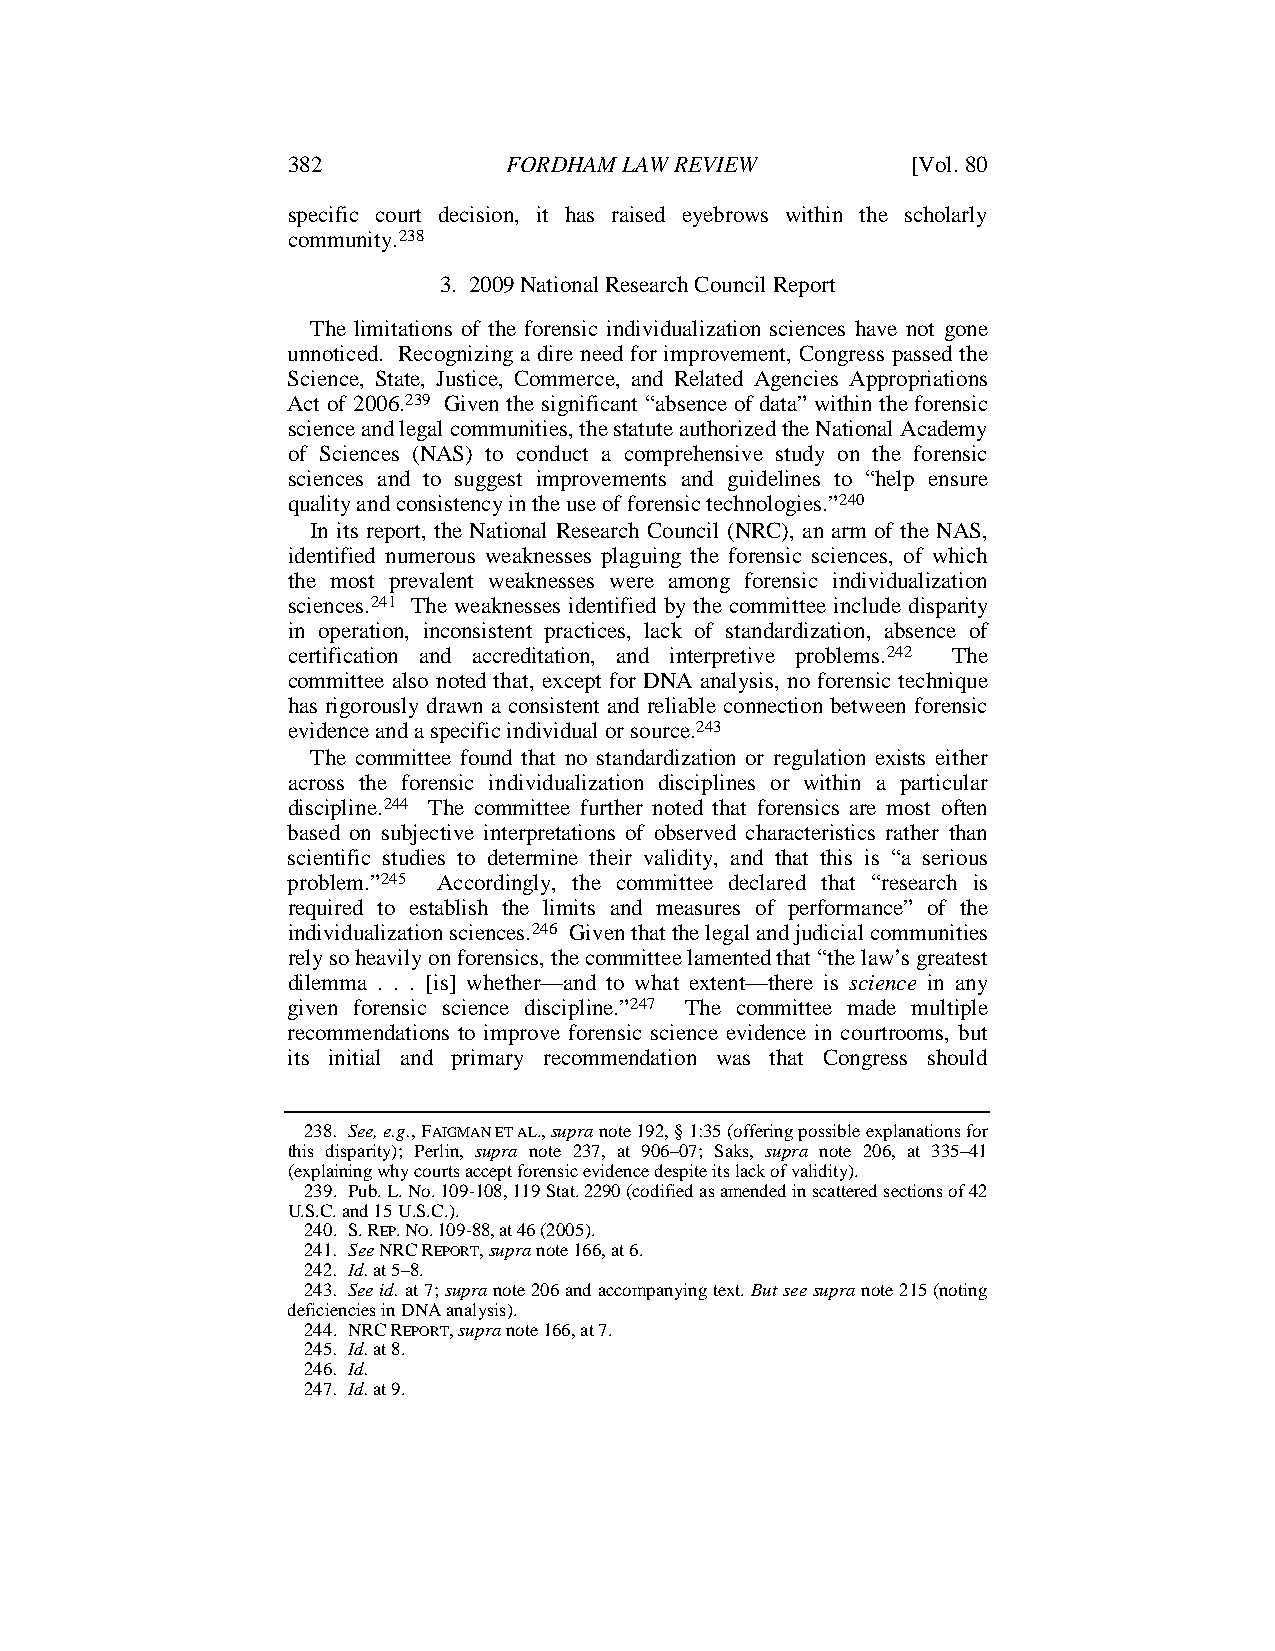
382            FORDHAM LAW REVIEW        [Vol. 80
 specific court decision, it has raised eyebrows within the scholarly
 community.238
 3. 2009 National Research Council Report
 The limitations of the forensic individualization sciences have not gone
 unnoticed. Recognizing a dire need for improvement, Congress passed the
 Science, State, Justice, Commerce, and Related Agencies Appropriations
 Act of 2006.239 Given the significant “absence of data” within the forensic
 science and legal communities, the statute authorized the National Academy
 of Sciences (NAS) to conduct a comprehensive study on the forensic
 sciences and to suggest improvements and guidelines to “help ensure
 quality and consistency in the use of forensic technologies.”240
 In its report, the National Research Council (NRC), an arm of the NAS,
 identified numerous weaknesses plaguing the forensic sciences, of which
 the most prevalent weaknesses were among forensic individualization
 sciences.241 The weaknesses identified by the committee include disparity
 in operation, inconsistent practices, lack of standardization, absence of
 certification and accreditation, and interpretive problems.242 The
 committee also noted that, except for DNA analysis, no forensic technique
 has rigorously drawn a consistent and reliable connection between forensic
 evidence and a specific individual or source.243
 The committee found that no standardization or regulation exists either
 across the forensic individualization disciplines or within a particular
 discipline.244 The committee further noted that forensics are most often
 based on subjective interpretations of observed characteristics rather than
 scientific studies to determine their validity, and that this is “a serious
 problem.”245 Accordingly, the committee declared that “research is
 required to establish the limits and measures of performance” of the
 individualization sciences.246 Given that the legal and judicial communities
 rely so heavily on forensics, the committee lamented that “the law’s greatest
 dilemma . . . [is] whether—and to what extent—there is science in any
 given forensic science discipline.”247 The committee made multiple
 recommendations to improve forensic science evidence in courtrooms, but
 its initial and primary recommendation was that Congress should
 238. See, e.g., FAIGMAN ET AL., supra note 192, § 1:35 (offering possible explanations for
 this disparity); Perlin, supra note 237, at 906–07; Saks, supra note 206, at 335–41
 (explaining why courts accept forensic evidence despite its lack of validity).
 239. Pub. L. No. 109-108, 119 Stat. 2290 (codified as amended in scattered sections of 42
 U.S.C. and 15 U.S.C.).
 240. S. REP. NO. 109-88, at 46 (2005).
 241. See NRC REPORT, supra note 166, at 6.
 242. Id. at 5–8.
 243. See id. at 7; supra note 206 and accompanying text. But see supra note 215 (noting
 deficiencies in DNA analysis).
 244. NRC REPORT, supra note 166, at 7.
 245. Id. at 8.
 246. Id.
 247. Id. at 9.